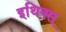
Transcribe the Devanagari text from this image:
इथिक्स्